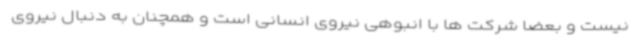
نیست و بعضا شرکت ها با انبوهی نیروی انسانی است و همچنان به دنبال نیروی